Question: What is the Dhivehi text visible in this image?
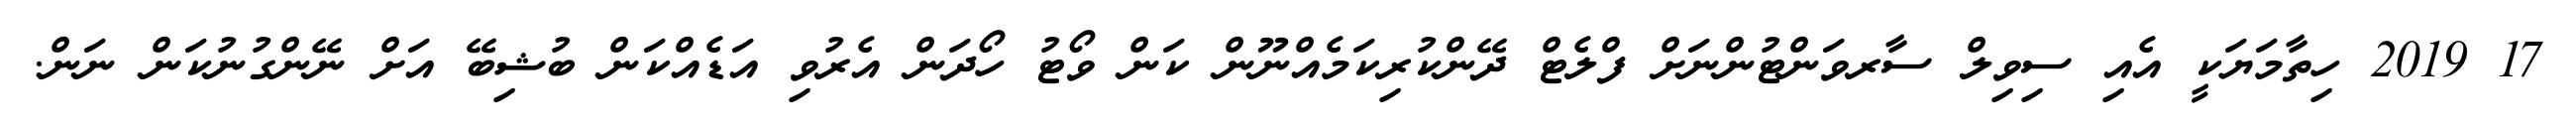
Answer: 17 2019 ހިތާމަޔަކީ އެއި ސިވިލް ސާރވަންޓުންނަށް ފްލެޓް ދޭންކުރިކަމެއްނޫން ކަން ވޯޓު ހޯދަން އެރުވި އަޑެއްކަން ބުޝިބޭ އަށް ނޭންގުނުކަން ނަން.